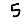
Digit: 5